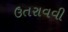
ઉતરાવવી